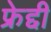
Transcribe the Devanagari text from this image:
फ्रेद्दी